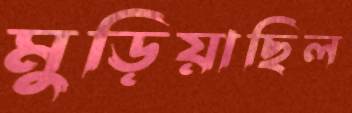
মুড়িয়াছিল